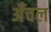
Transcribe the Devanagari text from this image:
अँचल